65_HS1-834228961_62-HQ-83894_Section_6
Agency: FBI
Page 136
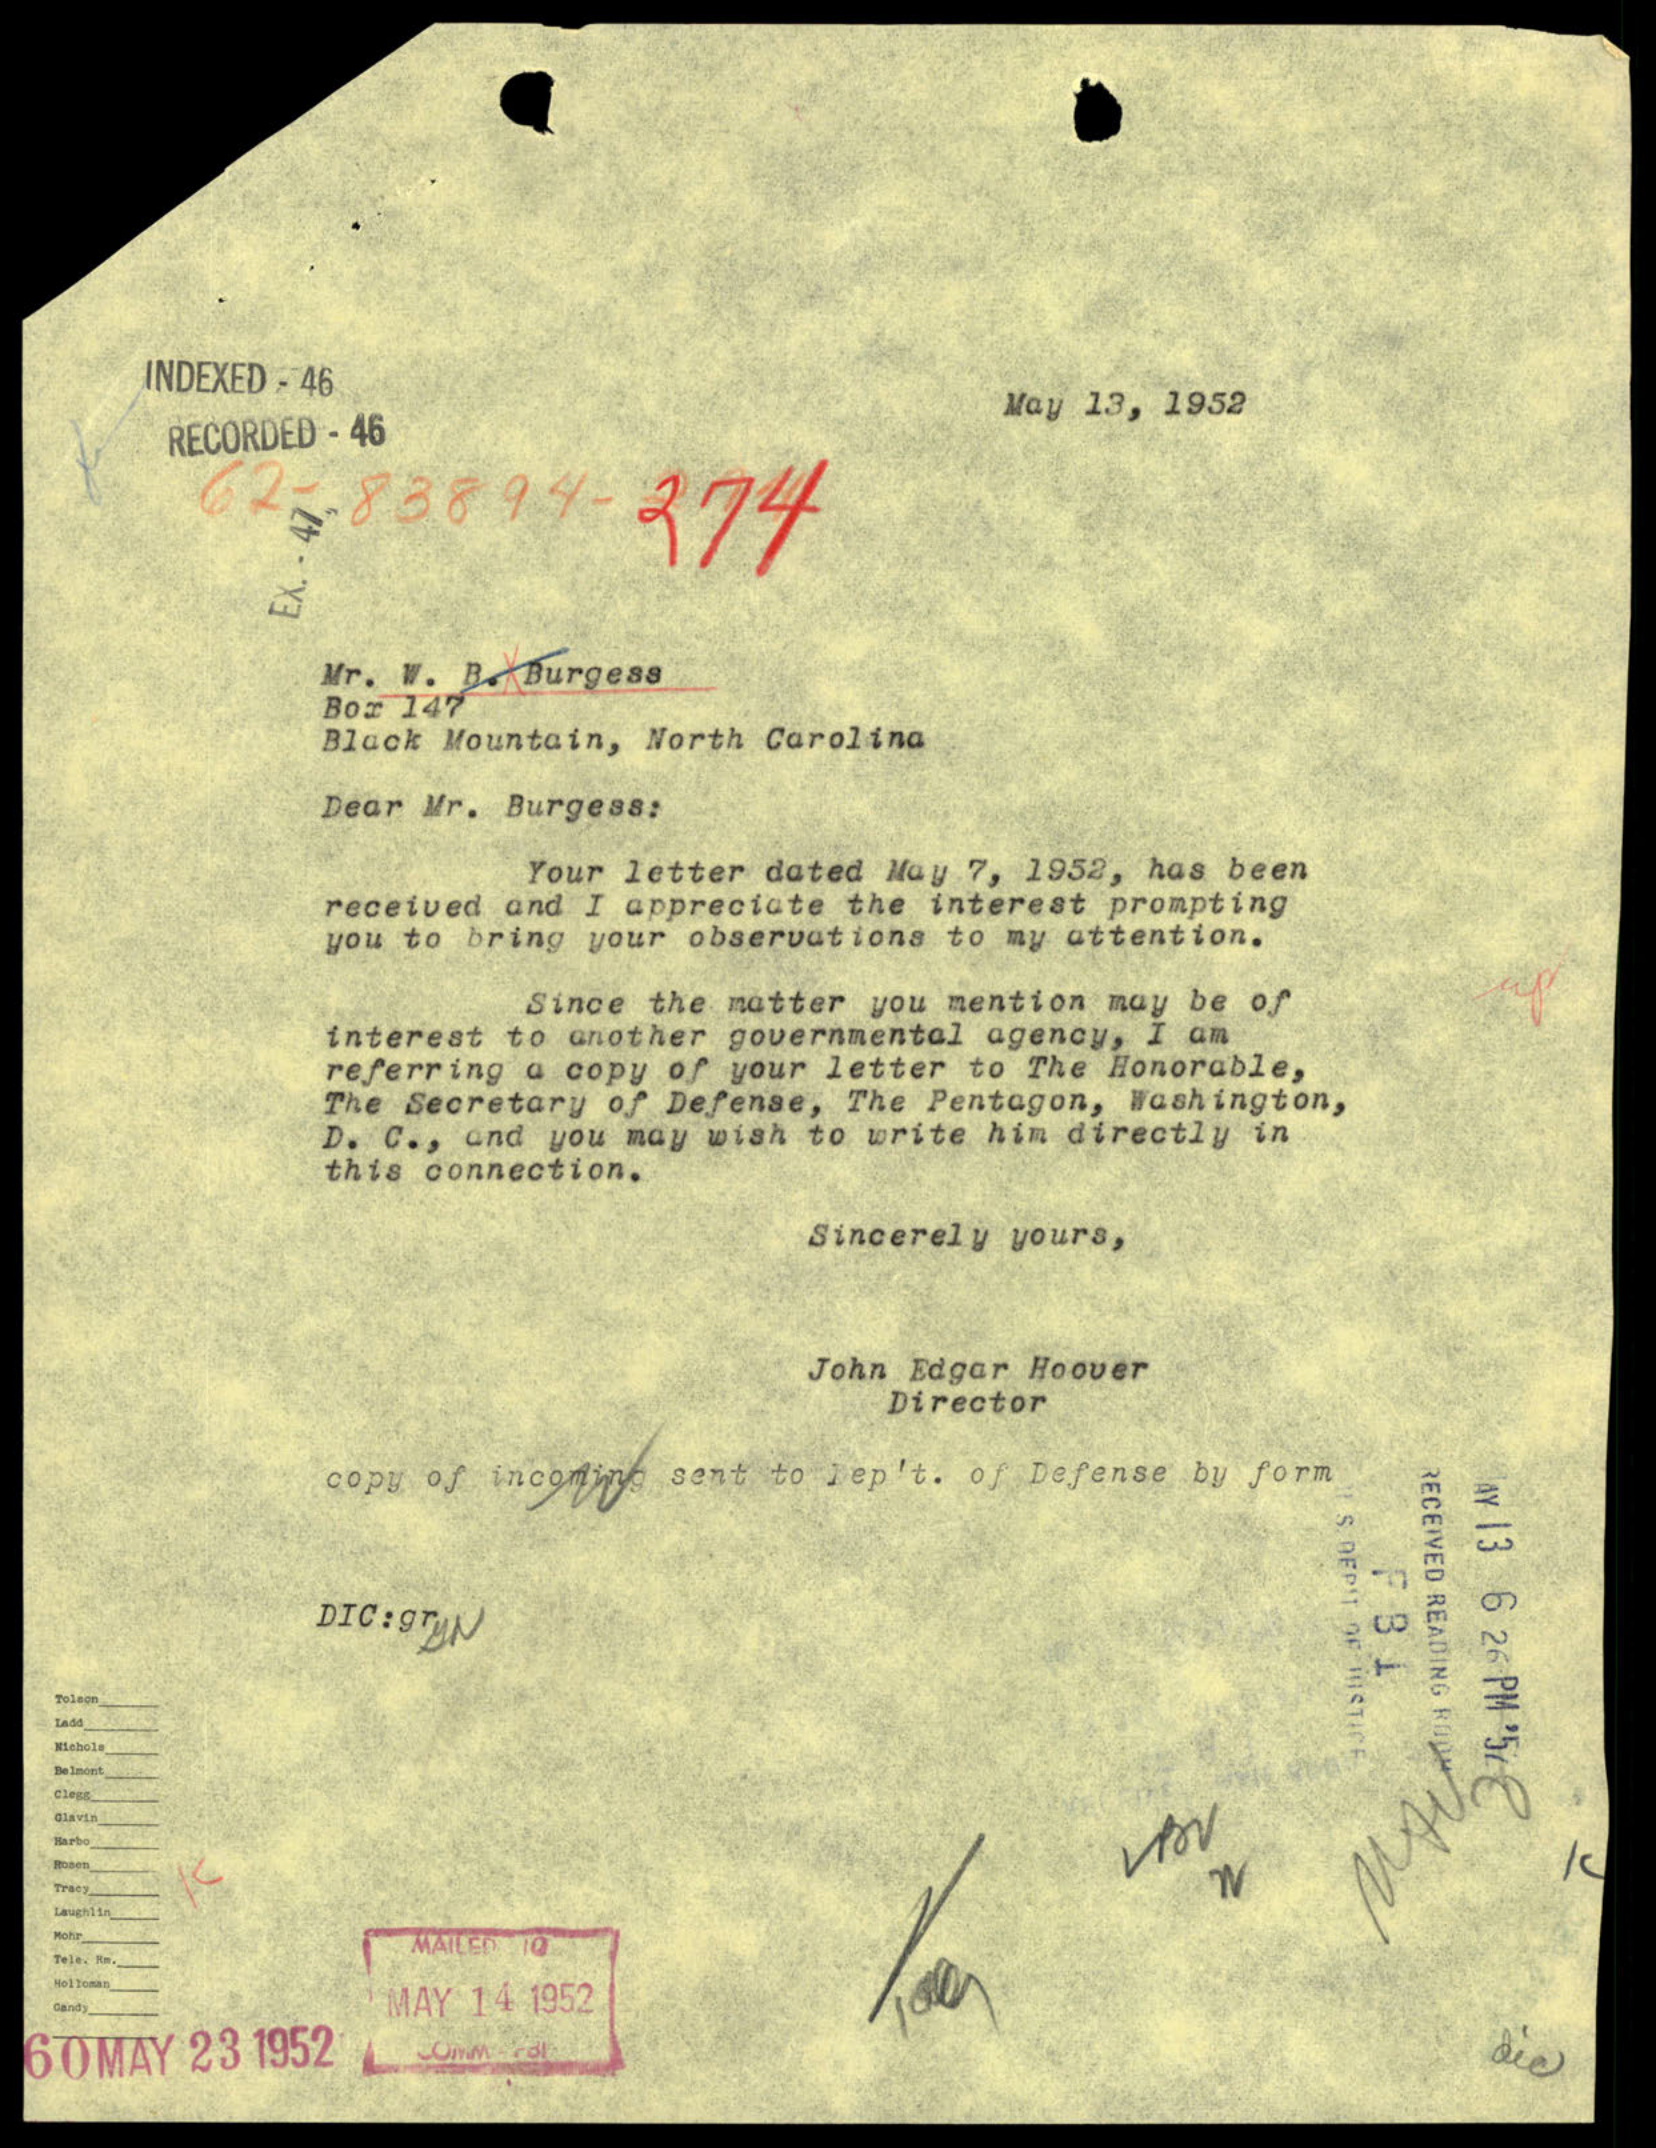